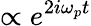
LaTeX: \propto e^{2i\omega_{p}t}